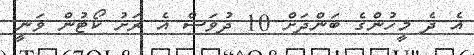
އެ ދެ މީހުންގެ ބަންދަށް 10 ދުވަސް އެ ރަށު ކޯޓުން ވަނީ